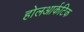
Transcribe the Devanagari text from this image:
होलआर्कटिक